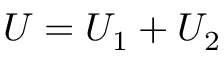
U = U _ { 1 } + U _ { 2 }